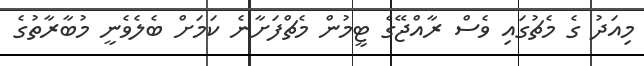
މިއަދު ގެ މެޗުގައި ވެސް ރާއްޖޭގެ ޓީމުން މެޗްފަށާނެ ކަމަށް ބެލެވެނީ މުބާރާތުގެ